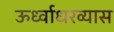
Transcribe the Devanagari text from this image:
ऊर्ध्वाधरव्यास